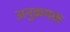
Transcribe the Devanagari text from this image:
अनुक्रमक